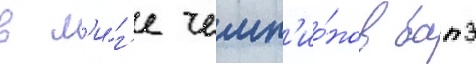
в л'и́г'е чемп'ио́нов батэ